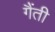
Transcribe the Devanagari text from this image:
गैंती